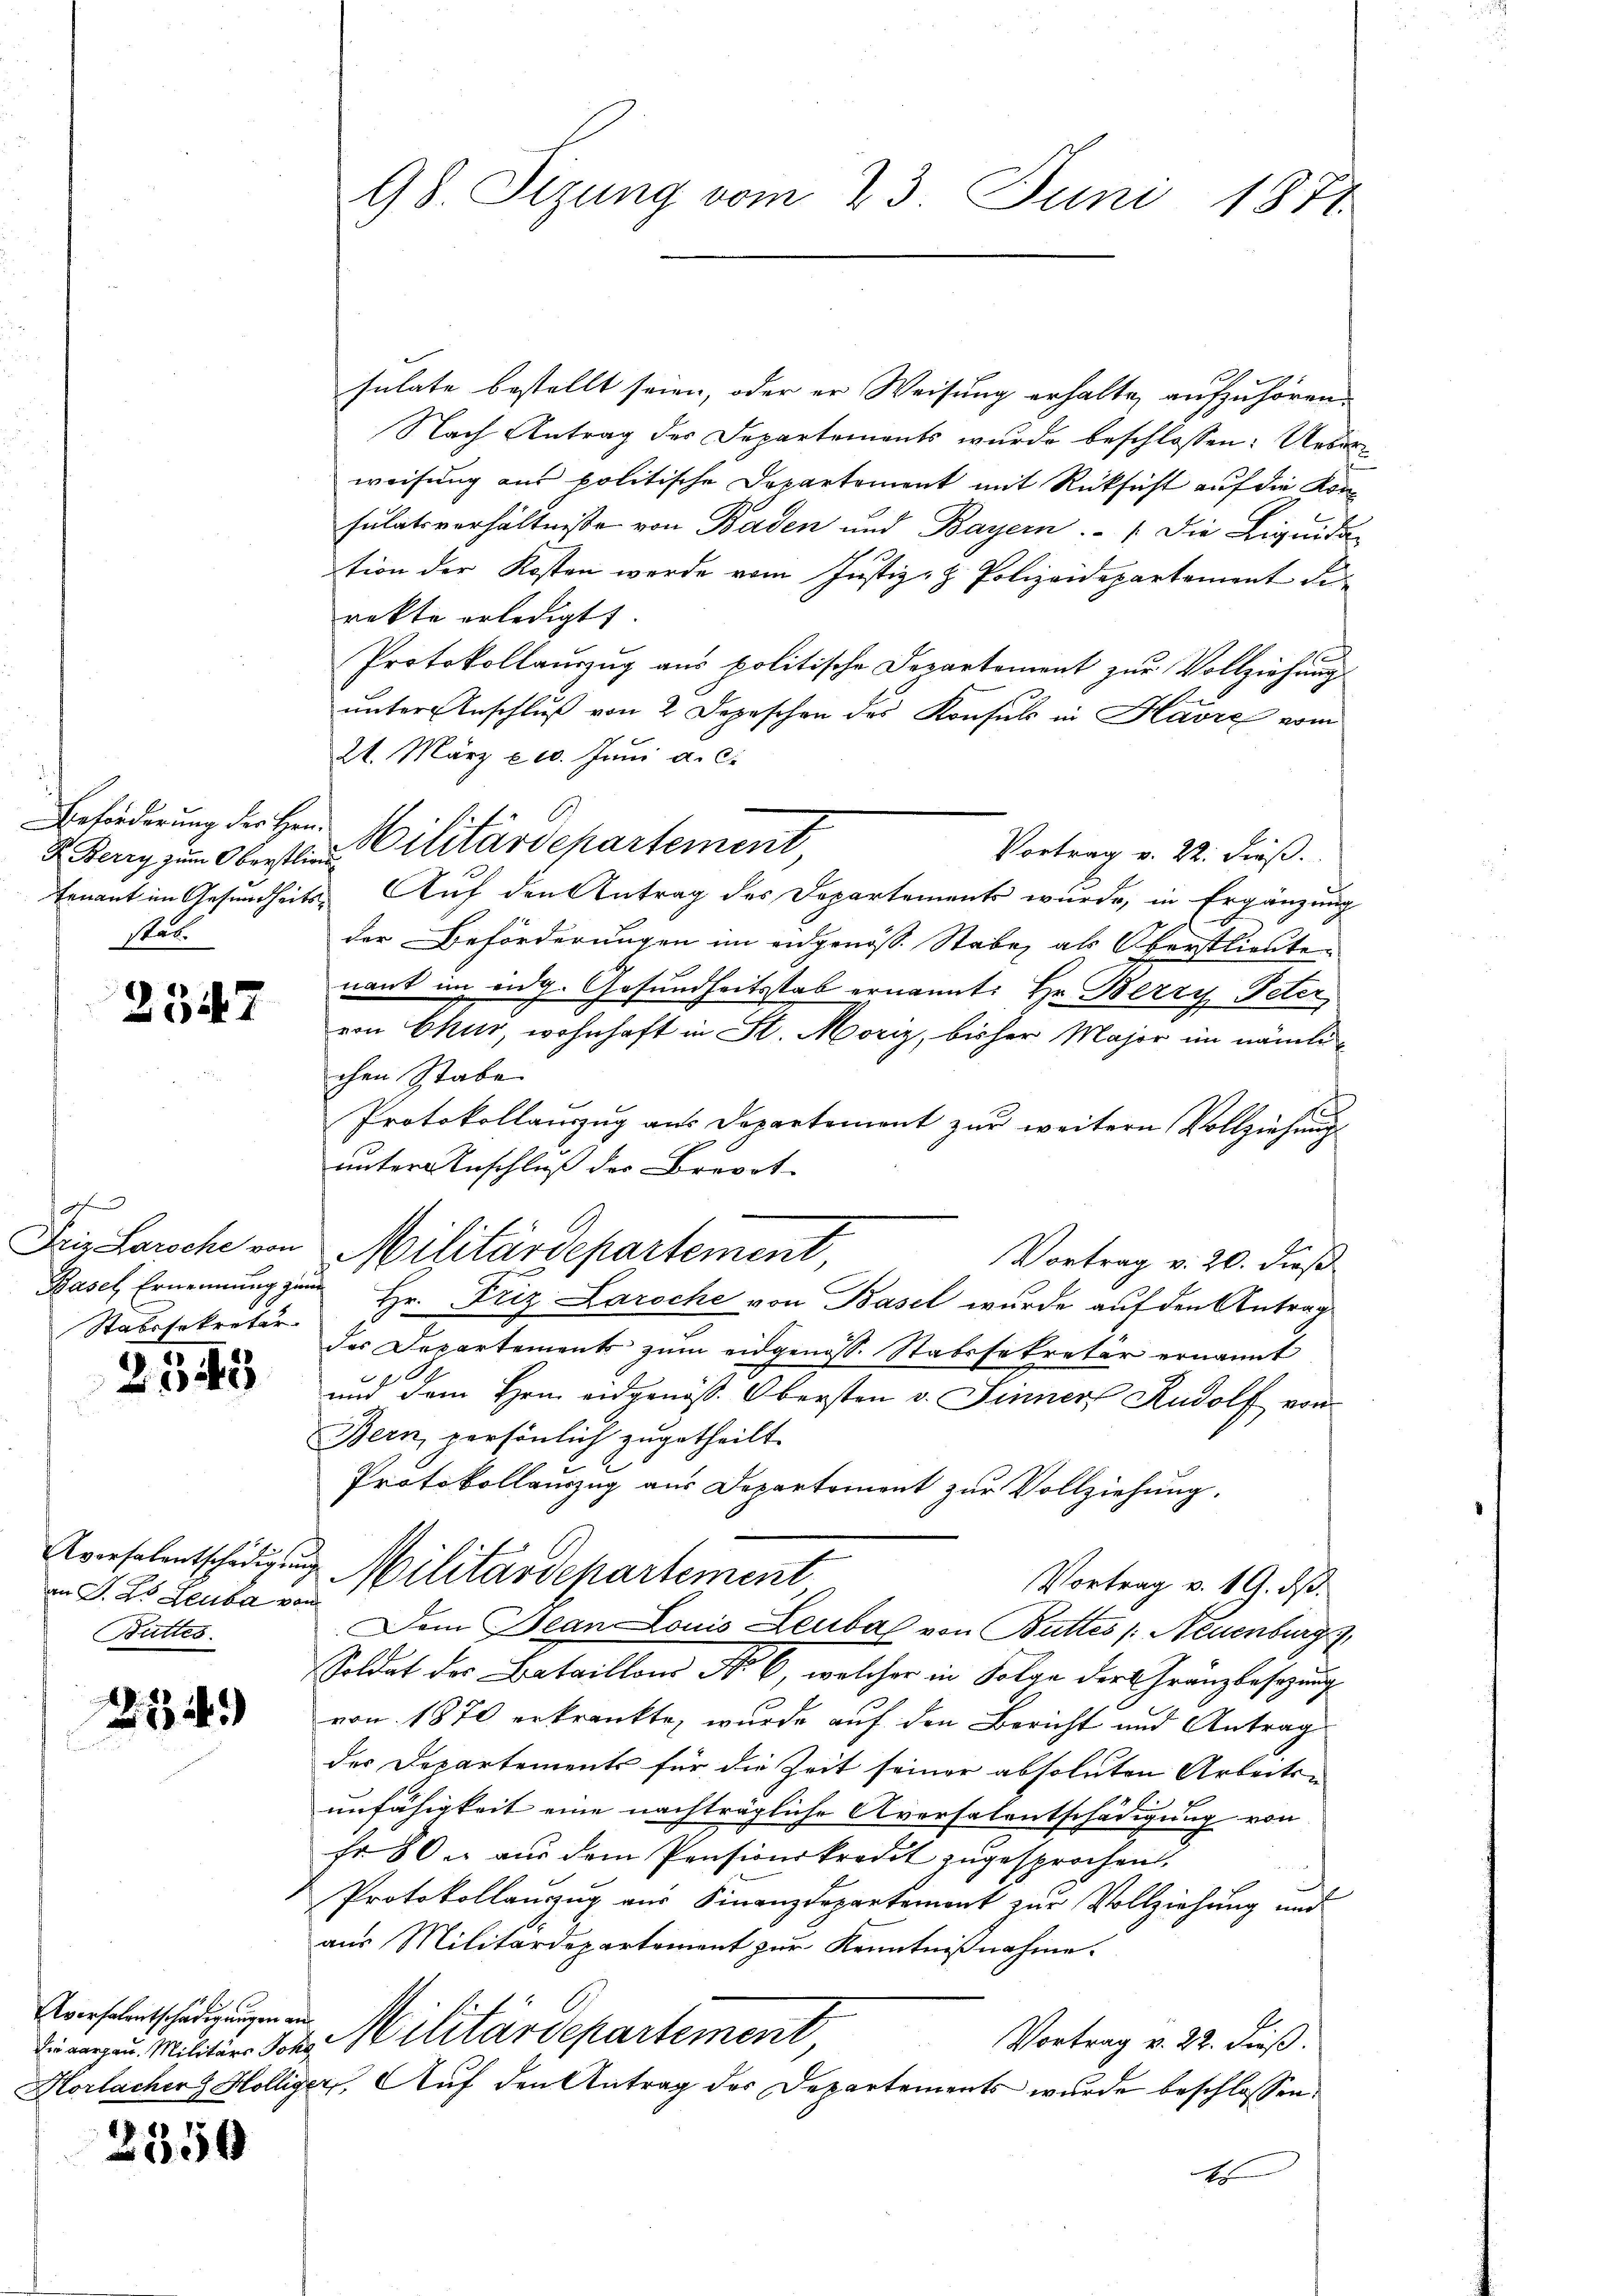
R Berry zum Oberstlieu
Rat.

2347

s
Stabssekretär

2545

an S. 25 Leuba von
Buttes.

274)

verfalentschädigungen an

3550

98. Sizung vom 23. Juni 1871.

sulate bestellt seien, oder er Weisung erhalte aufzuhören.
Nach Antrag der Departements wurde beschlossen: Ueberweisung aus politische Departement mit Rücksicht auf die Konsulatsverhältnisse von Baden und Bayern.   Die Liquida-
tion der Kosten werde vom Justiz- & Polizeidepartement de
rekte erledigt

Protokollauszug aus politische Departement zur Vollziehungs
unter Anschluß von 2 Depeschen des Konsuls in Havre vom
21. März l. Juni a. c.
Vortrag v. 22. dieß.
tenant im Gesundheits Auf den Antrag des Departements wurde, in Ergänzung
der Beförderungen im eidgenöss. Stabe, als Oberstlieute
nant im eidg. Gesundheitsstab ernannt: Hr. Berry Peter
von Chur, wohnhaft in St. Moriz, bisher Major im nämlichen Stabe
Protokollauszug aus Departement zur weitern Vollziehung
unter Anschluß des Brevet
Vortrag v. 20. dieß
Basel Ernennung zum Hr. Friz Laroche von Basel wurde auf den Antrag
das Departements zum eidgenoss. Stabssekretär ernannt
und dem Hern eidgenöss. Obersten v. Sinner Rudolf von
Bern, persönlich zugetheilt.
Protokollauszug aus Departement zur Vollziehung.
Ariesalentschädigung Militärdepartement
Vortrag v. 19. ds.
Dem Bean Louis Leubal von Buttes /: Neuenburg
Soldat des Bataillons No 6, welcher in Folge der Gränzbesezung
von 1870 erkränkte, wurde auf den Bericht und Antrag
der Departements für die Zeit seiner absoluten Arbeits-
unfähigkeit eine nachträgliche Aversalentschädigung von
fr 80. aus dem Pensionskredit zugesprochen.
Protokollauszug aus Finanzdepartement zur Vollziehung und
aus Militärdepartement zur Kenntnißnahme.
die aargau. Militärs Joh. Militärdepartement
Vortrag v. 22. dieß.
Horlacher Hölliger, Auf den Antrag der Departements wurde beschlossen,
A

Beförderung des Hrn. Militärdepartement,

Friz Larsche von Militärdepartement,